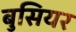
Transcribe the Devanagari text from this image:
बुसियर